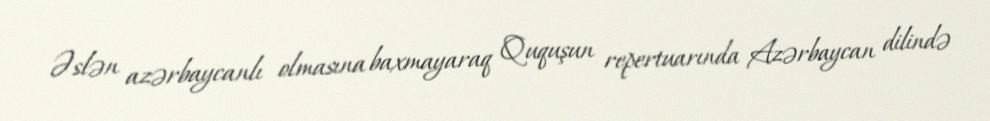
Əslən azərbaycanlı olmasına baxmayaraq Ququşun repertuarında Azərbaycan dilində